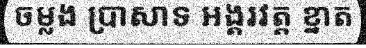
ចម្លង ប្រាសាទ អង្គរវត្ត ខ្នាត